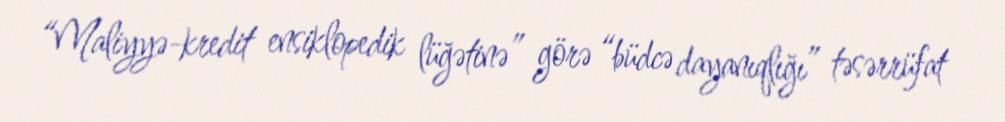
“Maliyyə-kredit ensiklopedik lüğətinə” görə “büdcə dayanıqlığı” təsərrüfat